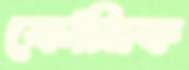
ক্রোমিক